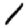
Digit: 1